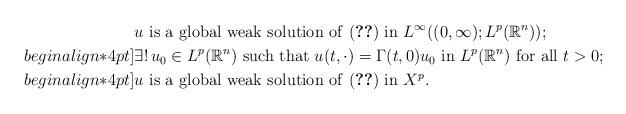
LaTeX: \begin{align*}&u \mbox{ is a global weak solution of \eqref{eq1} in } L^\infty((0,\infty);L^p({\mathbb{R}}^n)) ;\\begin{align*}4pt]&\exists !\,u_0\in L^p({\mathbb{R}}^n) \mbox{ such that }u(t,\cdot)=\Gamma(t,0)u_0\mbox{ in }L^p({\mathbb{R}}^n)\mbox{ for all }t>0 ;\\begin{align*}4pt]& u \mbox{ is a global weak solution of \eqref{eq1} in }X^p.\end{align*}